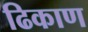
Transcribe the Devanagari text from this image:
ढिकाण